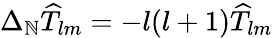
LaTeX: \Delta_{\mathbb{N}}\widehat{{T}}_{lm}=-l(l+1)\widehat{{T}}_{lm}